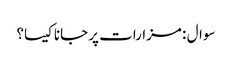
سوال : مزارات پر جانا کیسا؟